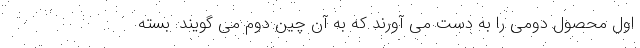
اول محصول دومی را به دست می آورند که به آن چین دوم می گویند. بسته